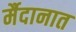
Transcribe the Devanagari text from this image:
र्मैदानात